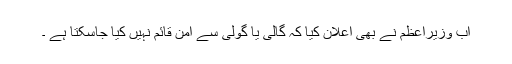
اب وزیراعظم نے بھی اعلان کیا کہ گالی یا گولی سے امن قائم نہیں کیا جاسکتا ہے ۔